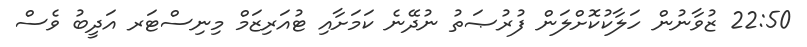
22:50 ޒުވާނުން ހަލާކުކޮށްލަން ފުރުޞަތު ނުދޭނެ ކަމަށާއި ޓުއަރިޒަމް މިނިސްޓަރ އަދީބު ވެސް